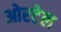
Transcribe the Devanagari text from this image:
ओरटेल